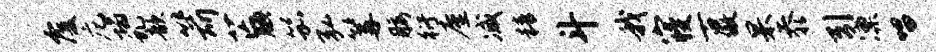
覆庀塌虬歆箭芒腆笳弘篝腰衍廑减精斗我寝古傲杲忝引凛唱